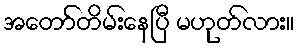
အတော်တိမ်းနေပြီ မဟုတ်လား။